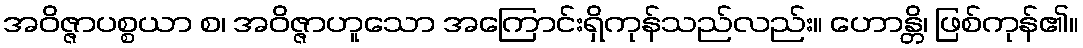
အဝိဇ္ဇာပစ္စယာ စ၊ အဝိဇ္ဇာဟူသော အကြောင်းရှိကုန်သည်လည်း။ ဟောန္တိ၊ ဖြစ်ကုန်၏။